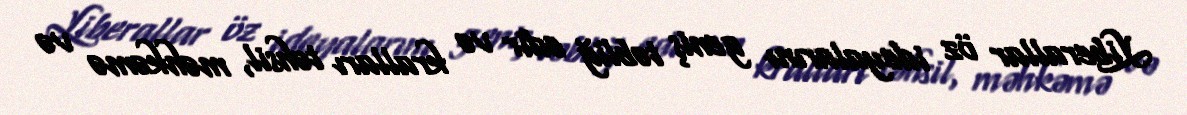
Liberallar öz ideyalarını geniş təbliğ edir və kralları təhsil, məhkəmə və